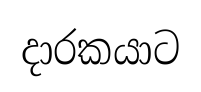
දාරකයාට